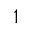
1